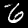
Digit: 6